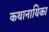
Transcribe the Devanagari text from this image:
कथानायिका